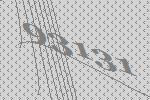
93131